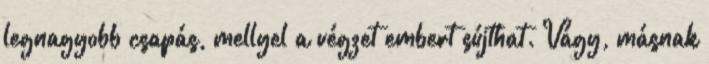
legnagyobb csapás, mellyel a végzet embert sújthat. Vágy, másnak